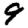
Digit: 9